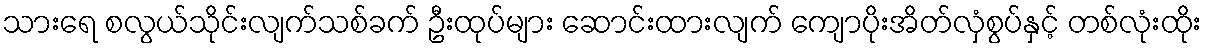
သားရေ စလွယ်သိုင်းလျက်သစ်ခက် ဦးထုပ်များ ဆောင်းထားလျက် ကျောပိုးအိတ်လှံစွပ်နှင့် တစ်လုံးထိုး